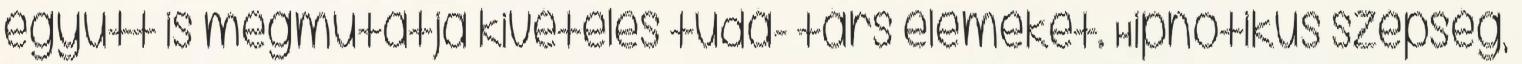
együtt is megmutatja kivételes tudá- társ elemeket. Hipnotikus szépség,